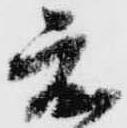
度